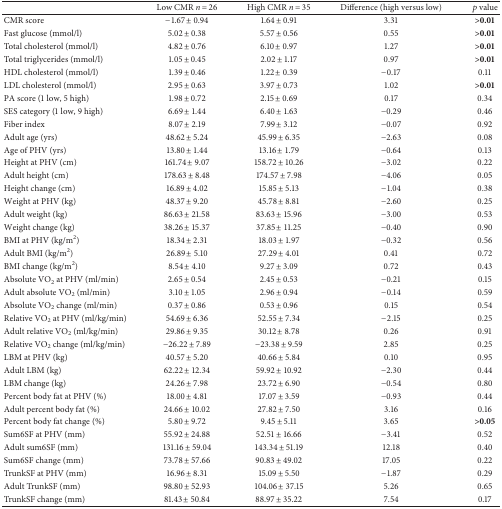
<table><thead><tr><td><b> </b></td><td><b>Low CMR <i>n</i> = 26</b></td><td><b>High CMR <i>n</i> = 35</b></td><td><b>Difference (high versus low)</b></td><td><b><i>p</i> value</b></td></tr></thead><tbody><tr><td>CMR score</td><td>−1.67 ± 0.94</td><td>1.64 ± 0.91</td><td>3.31</td><td><b>&gt;0.01</b></td></tr><tr><td>Fast glucose (mmol/l)</td><td>5.02 ± 0.38</td><td>5.57 ± 0.56</td><td>0.55</td><td><b>&gt;0.01</b></td></tr><tr><td>Total cholesterol (mmol/l)</td><td>4.82 ± 0.76</td><td>6.10 ± 0.97</td><td>1.27</td><td><b>&gt;0.01</b></td></tr><tr><td>Total triglycerides (mmol/l)</td><td>1.05 ± 0.45</td><td>2.02 ± 1.17</td><td>0.97</td><td><b>&gt;0.01</b></td></tr><tr><td>HDL cholesterol (mmol/l)</td><td>1.39 ± 0.46</td><td>1.22 ± 0.39</td><td>−0.17</td><td>0.11</td></tr><tr><td>LDL cholesterol (mmol/l)</td><td>2.95 ± 0.63</td><td>3.97 ± 0.73</td><td>1.02</td><td><b>&gt;0.01</b></td></tr><tr><td>PA score (1 low, 5 high)</td><td>1.98 ± 0.72</td><td>2.15 ± 0.69</td><td>0.17</td><td>0.34</td></tr><tr><td>SES category (1 low, 9 high)</td><td>6.69 ± 1.44</td><td>6.40 ± 1.63</td><td>−0.29</td><td>0.46</td></tr><tr><td>Fiber index</td><td>8.07 ± 2.19</td><td>7.99 ± 3.12</td><td>−0.07</td><td>0.92</td></tr><tr><td>Adult age (yrs)</td><td>48.62 ± 5.24</td><td>45.99 ± 6.35</td><td>−2.63</td><td>0.08</td></tr><tr><td>Age of PHV (yrs)</td><td>13.80 ± 1.44</td><td>13.16 ± 1.79</td><td>−0.64</td><td>0.13</td></tr><tr><td>Height at PHV (cm)</td><td>161.74 ± 9.07</td><td>158.72 ± 10.26</td><td>−3.02</td><td>0.22</td></tr><tr><td>Adult height (cm)</td><td>178.63 ± 8.48</td><td>174.57 ± 7.98</td><td>−4.06</td><td>0.05</td></tr><tr><td>Height change (cm)</td><td>16.89 ± 4.02</td><td>15.85 ± 5.13</td><td>−1.04</td><td>0.38</td></tr><tr><td>Weight at PHV (kg)</td><td>48.37 ± 9.20</td><td>45.78 ± 8.81</td><td>−2.60</td><td>0.25</td></tr><tr><td>Adult weight (kg)</td><td>86.63 ± 21.58</td><td>83.63 ± 15.96</td><td>−3.00</td><td>0.53</td></tr><tr><td>Weight change (kg)</td><td>38.26 ± 15.37</td><td>37.85 ± 11.25</td><td>−0.40</td><td>0.90</td></tr><tr><td>BMI at PHV (kg/m<sup>2</sup>)</td><td>18.34 ± 2.31</td><td>18.03 ± 1.97</td><td>−0.32</td><td>0.56</td></tr><tr><td>Adult BMI (kg/m<sup>2</sup>)</td><td>26.89 ± 5.10</td><td>27.29 ± 4.01</td><td>0.41</td><td>0.72</td></tr><tr><td>BMI change (kg/m<sup>2</sup>)</td><td>8.54 ± 4.10</td><td>9.27 ± 3.09</td><td>0.72</td><td>0.43</td></tr><tr><td>Absolute VO<sub>2</sub> at PHV (ml/min)</td><td>2.65 ± 0.54</td><td>2.45 ± 0.53</td><td>−0.21</td><td>0.15</td></tr><tr><td>Adult absolute VO<sub>2</sub> (ml/min)</td><td>3.10 ± 1.05</td><td>2.96 ± 0.94</td><td>−0.14</td><td>0.59</td></tr><tr><td>Absolute VO<sub>2</sub> change (ml/min)</td><td>0.37 ± 0.86</td><td>0.53 ± 0.96</td><td>0.15</td><td>0.54</td></tr><tr><td>Relative VO<sub>2</sub> at PHV (ml/kg/min)</td><td>54.69 ± 6.36</td><td>52.55 ± 7.34</td><td>−2.15</td><td>0.25</td></tr><tr><td>Adult relative VO<sub>2</sub> (ml/kg/min)</td><td>29.86 ± 9.35</td><td>30.12 ± 8.78</td><td>0.26</td><td>0.91</td></tr><tr><td>Relative VO<sub>2</sub> change (ml/kg/min)</td><td>−26.22 ± 7.89</td><td>−23.38 ± 9.59</td><td>2.85</td><td>0.25</td></tr><tr><td>LBM at PHV (kg)</td><td>40.57 ± 5.20</td><td>40.66 ± 5.84</td><td>0.10</td><td>0.95</td></tr><tr><td>Adult LBM (kg)</td><td>62.22 ± 12.34</td><td>59.92 ± 10.92</td><td>−2.30</td><td>0.44</td></tr><tr><td>LBM change (kg)</td><td>24.26 ± 7.98</td><td>23.72 ± 6.90</td><td>−0.54</td><td>0.80</td></tr><tr><td>Percent body fat at PHV (%)</td><td>18.00 ± 4.81</td><td>17.07 ± 3.59</td><td>−0.93</td><td>0.44</td></tr><tr><td>Adult percent body fat (%)</td><td>24.66 ± 10.02</td><td>27.82 ± 7.50</td><td>3.16</td><td>0.16</td></tr><tr><td>Percent body fat change (%)</td><td>5.80 ± 9.72</td><td>9.45 ± 5.11</td><td>3.65</td><td><b>&gt;0.05</b></td></tr><tr><td>Sum6SF at PHV (mm)</td><td>55.92 ± 24.88</td><td>52.51 ± 16.66</td><td>−3.41</td><td>0.52</td></tr><tr><td>Adult sum6SF (mm)</td><td>131.16 ± 59.04</td><td>143.34 ± 51.19</td><td>12.18</td><td>0.40</td></tr><tr><td>Sum6SF change (mm)</td><td>73.78 ± 57.66</td><td>90.83 ± 49.02</td><td>17.05</td><td>0.22</td></tr><tr><td>TrunkSF at PHV (mm)</td><td>16.96 ± 8.31</td><td>15.09 ± 5.50</td><td>−1.87</td><td>0.29</td></tr><tr><td>Adult TrunkSF (mm)</td><td>98.80 ± 52.93</td><td>104.06 ± 37.15</td><td>5.26</td><td>0.65</td></tr><tr><td>TrunkSF change (mm)</td><td>81.43 ± 50.84</td><td>88.97 ± 35.22</td><td>7.54</td><td>0.17</td></tr></tbody></table>